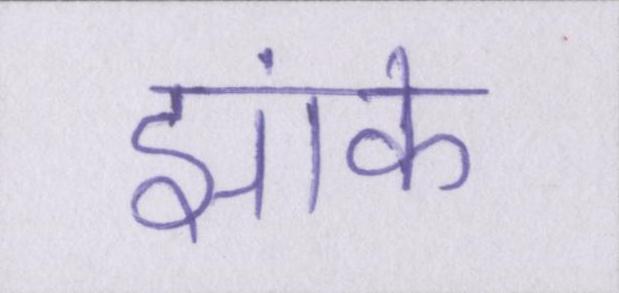
झांके